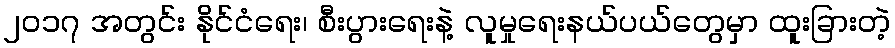
၂၀၁၇ အတွင်း နိုင်ငံရေး၊ စီးပွားရေးနဲ့ လူမှုရေးနယ်ပယ်တွေမှာ ထူးခြားတဲ့